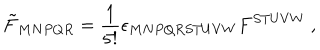
LaTeX: \tilde { F } _ { M N P Q R } = \frac { 1 } { 5 ! } \epsilon _ { M N P Q R S T U V W } F ^ { S T U V W } \ ,